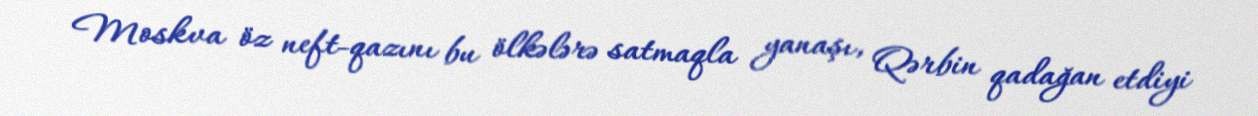
Moskva öz neft-qazını bu ölkələrə satmaqla yanaşı, Qərbin qadağan etdiyi